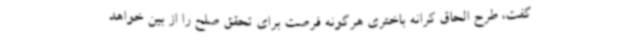
گفت، طرح الحاق کرانه باختری هرگونه فرصت برای تحقق صلح را از بین خواهد